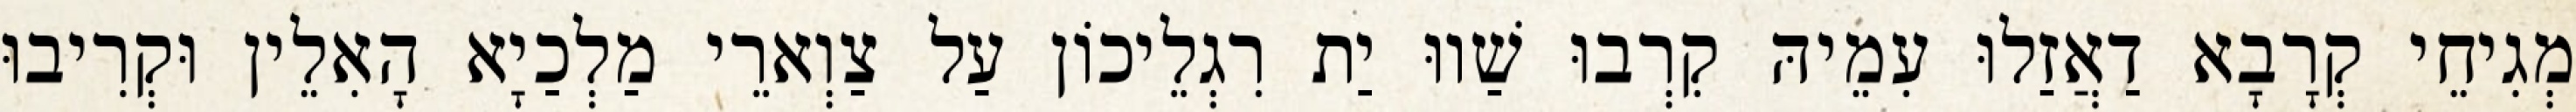
מְגִיחֵי קְרָבָא דַאֲזַלוּ עִמֵיהּ קִרְבוּ שַׁווּ יַת רִגְלֵיכוֹן עַל צַוְארֵי מַלְכַיָא הָאִלֵין וּקְרִיבוּ